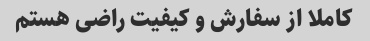
کاملا از سفارش و کیفیت راضی هستم